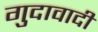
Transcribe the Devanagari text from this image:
गुदावादी